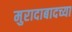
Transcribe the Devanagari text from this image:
मुरादाबादच्या